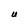
Character: U